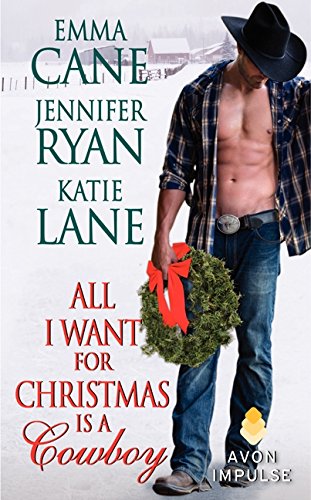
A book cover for All I Want for Christmas is a Cowboy; Jennifer Ryan; Romance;